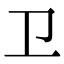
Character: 卫